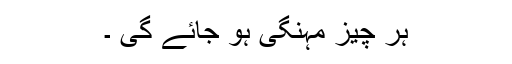
ہر چیز مہنگی ہو جائے گی ۔